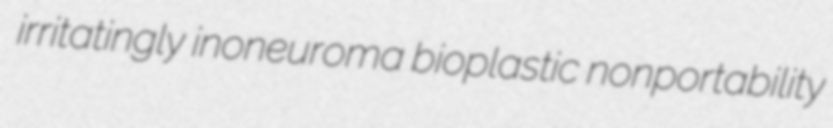
irritatingly inoneuroma bioplastic nonportability